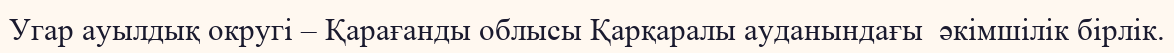
Угар ауылдық округі – Қарағанды облысы Қарқаралы ауданындағы  әкімшілік бірлік.